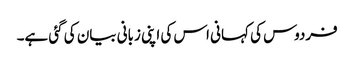
فردوس کی کہانی اس کی اپنی زبانی بیان کی گئی ہے۔